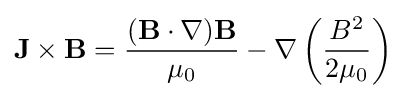
\mathbf {J} \times \mathbf {B} ={(\mathbf {B} \cdot \nabla )\mathbf {B}  \over \mu _{0}}-\nabla \left({\frac {B^{2}}{2\mu _{0}}}\right)